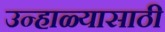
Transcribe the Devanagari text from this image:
उन्हाळ्यासाठी